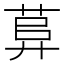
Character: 𦱱